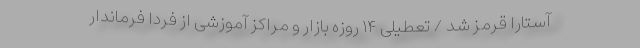
آستارا قرمز شد / تعطیلی ۱۴ روزه بازار و مراکز آموزشی از فردا فرماندار